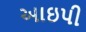
આઇપી